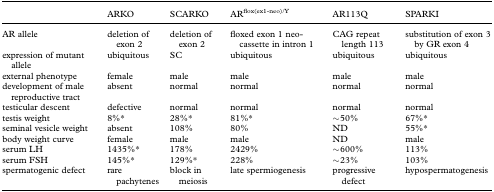
<table><thead><tr><td></td><td><b>ARKO</b></td><td><b>SCARKO</b></td><td><b>AR<sup>flox(ex1-neo)/Y</sup></b></td><td><b>AR113Q</b></td><td><b>SPARKI</b></td></tr></thead><tbody><tr><td>AR allele</td><td>deletion of exon 2</td><td>deletion of exon 2</td><td>floxed exon 1 neo-cassette in intron 1</td><td>CAG repeat length 113</td><td>substitution of exon 3 by GR exon 4</td></tr><tr><td>expression of mutant allele</td><td>ubiquitous</td><td>SC</td><td>ubiquitous</td><td>ubiquitous</td><td>ubiquitous</td></tr><tr><td>external phenotype</td><td>female</td><td>male</td><td>male</td><td>male</td><td>male</td></tr><tr><td>development of male reproductive tract</td><td>absent</td><td>normal</td><td>normal</td><td>normal</td><td>normal</td></tr><tr><td>testicular descent</td><td>defective</td><td>normal</td><td>normal</td><td>normal</td><td>normal</td></tr><tr><td>testis weight</td><td>8%*</td><td>28%*</td><td>81%*</td><td>∼50%</td><td>67%*</td></tr><tr><td>seminal vesicle weight</td><td>absent</td><td>108%</td><td>80%</td><td>ND</td><td>55%*</td></tr><tr><td>body weight curve</td><td>female</td><td>male</td><td>male</td><td>ND</td><td>male</td></tr><tr><td>serum LH</td><td>1435%*</td><td>178%</td><td>2429%</td><td>∼600%</td><td>113%</td></tr><tr><td>serum FSH</td><td>145%*</td><td>129%*</td><td>228%</td><td>∼23%</td><td>103%</td></tr><tr><td>spermatogenic defect</td><td>rare pachytenes</td><td>block in meiosis</td><td>late spermiogenesis</td><td>progressive defect</td><td>hypospermatogenesis</td></tr></tbody></table>